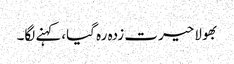
بھولا حیرت زدہ رہ گیا،کہنے لگا۔